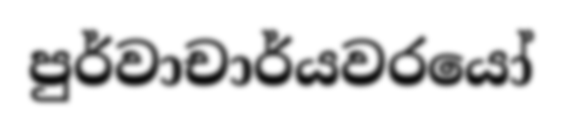
පුර්වාචාර්යවරයෝ